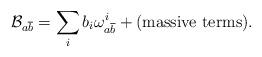
LaTeX: \begin{align*}\mathcal{B}_{a \overline{b}} = \sum_{i} b_{i} \omega^{i}_{a \overline{b}} + (\textrm{massive terms}).\end{align*}